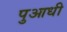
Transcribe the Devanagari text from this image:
पुआधी